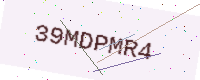
Text: 39MDPMR4